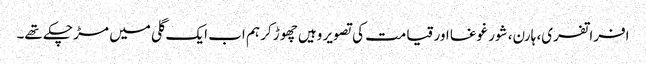
افراتفری، ہارن، شور غوغا اور قیامت کی تصویر وہیں چھوڑ کر ہم اب ایک گلی میں مڑ چکے تھے۔